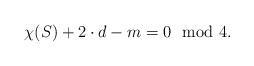
LaTeX: \begin{align*}\chi(S) + 2 \cdot d - m =0\ \ {\rm mod\ } 4.\end{align*}